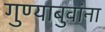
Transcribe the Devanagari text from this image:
गुण्याबुवांना